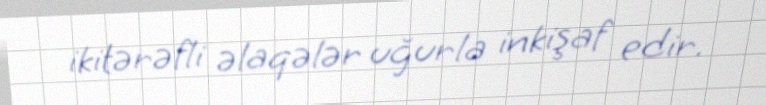
ikitərəfli əlaqələr uğurla inkişaf edir.